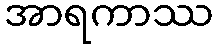
အာရကာဿ